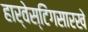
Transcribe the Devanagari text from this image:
हार्वेस्टिंगसारखे